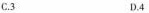
C.3 D.4